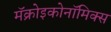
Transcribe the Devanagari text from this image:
मॅक्रोइकोनॉमिक्स